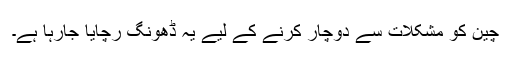
چین کو مشکلات سے دوچار کرنے کے لیے یہ ڈھونگ رچایا جارہا ہے۔